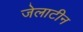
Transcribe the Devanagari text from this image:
जेलाटीन